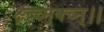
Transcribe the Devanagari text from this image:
क्ष्च्च्म्क्च्न्।।